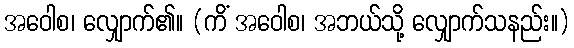
အဝေါစ၊ လျှောက်၏။ (ကိံ အဝေါစ၊ အဘယ်သို့ လျှောက်သနည်း။)